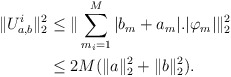
\begin{align*}\|U^{i}_{a,b}\|_{2}^{2}&\leq\| \sum_{m_i=1}^M |b_{m} + a_{m}|. |\varphi_{m}| \|_{2}^{2}\\&\leq 2 M (\|a\|_{2}^{2}+\|b\|_{2}^{2}).\end{align*}